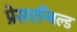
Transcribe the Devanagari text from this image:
प्रेसएन्बिल्ड